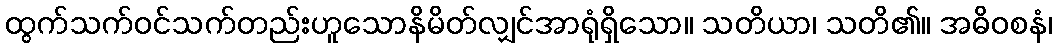
ထွက်သက်ဝင်သက်တည်းဟူသောနိမိတ်လျှင်အာရုံရှိသော။ သတိယာ၊ သတိ၏။ အဓိဝစနံ၊